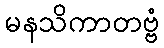
မနသိကာတဗ္ဗံ